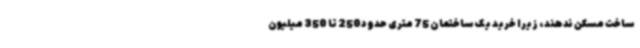
ساخت مسکن ندهند، زیرا خرید یک ساختمان 75 متری حدود250 تا 350 میلیون